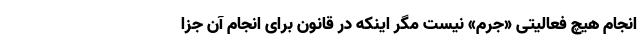
انجام هیچ فعالیتی «جرم» نیست مگر اینکه در قانون برای انجام آن جزا